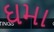
ઘમા